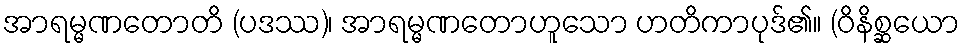
အာရမ္မဏတောတိ (ပဒဿ)၊ အာရမ္မဏတောဟူသော ဟတိကာပုဒ်၏။ (ဝိနိစ္ဆယော